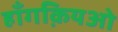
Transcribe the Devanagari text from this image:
हॉंगक़ियओ